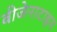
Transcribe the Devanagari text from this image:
बीजेनाटाइन